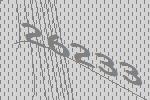
26233